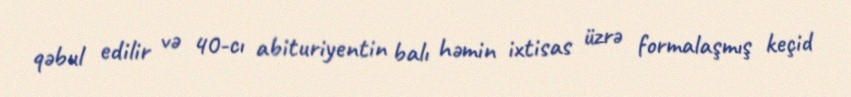
qəbul edilir və 40-cı abituriyentin balı həmin ixtisas üzrə formalaşmış keçid